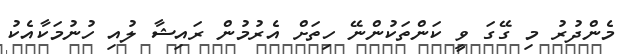
މެންދުރު މި ގޭގަ ވީ ކަންތަކުންނޭ ހިތަށް އެރުމުން ރައިޝާ ލުއި ހުނުމަކާއެކު